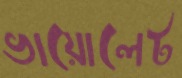
ভায়োলেট